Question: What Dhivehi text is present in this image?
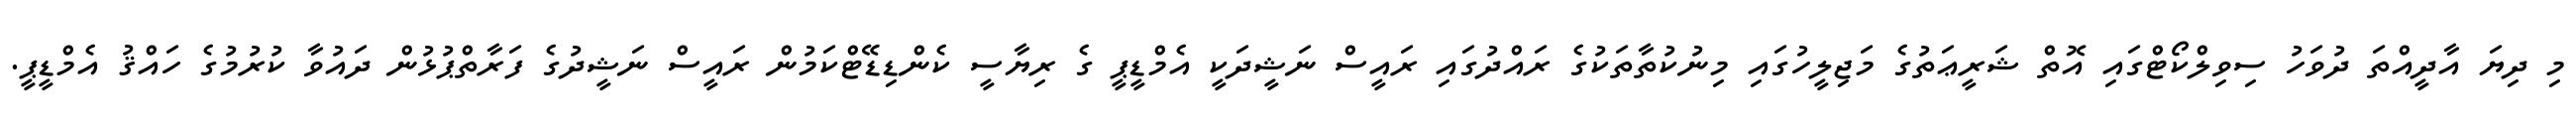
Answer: މި ދިޔަ އާދީއްތަ ދުވަހު ސިވިލްކޯޓްގައި އޮތް ޝަރީޢަތުގެ މަޖިލީހުގައި މިނުކުތާތަކުގެ ރައްދުގައި ރައީސް ނަޝީދަކީ އެމްޑީޕީ ގެ ރިޔާސީ ކެންޑިޑޭޓްކަމުން ރައީސް ނަޝީދުގެ ފަރާތްޕުޅުން ދައުވާ ކުރުމުގެ ހައްޤު އެމްޑީޕީ.